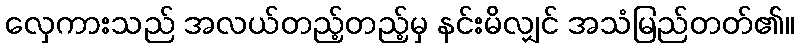
လှေကားသည် အလယ်တည့်တည့်မှ နင်းမိလျှင် အသံမြည်တတ်၏။